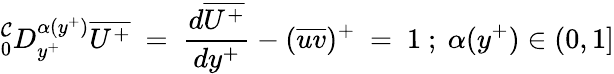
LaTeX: ^\mathcal{C}_{0}D_{y^{+}}^{\alpha(y^{+})}\overline{{{U^{+}}}}~=~\frac{{d\overline{{{U^{+}}}}}}{{dy^{+}}}-(\overline{{{uv}}})^{+}~=~1~;~\alpha(y^{+})\in(0,1]